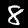
Digit: 8